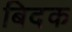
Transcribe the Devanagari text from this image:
बिदक